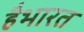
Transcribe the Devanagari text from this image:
हैभारत